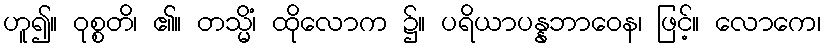
ဟူ၍။ ဝုစ္စတိ၊ ၏။ တသ္မိံ၊ ထိုလောက ၌။ ပရိယာပန္နဘာဝေန၊ ဖြင့်။ လောကေ၊